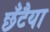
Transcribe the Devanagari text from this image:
छँटैया